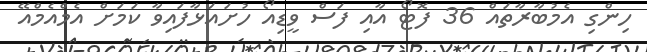
ހިންގި އެމުބާރާތައް 36 ފޮޓޯ އާއި ފަސް ވީޑިއޯ ހުށައަޅާފައިވާ ކަމަށް އެމްއެމްއޭ